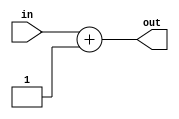
module incrementer(in, out);
	parameter dw = 8;
	
	input [dw-1:0] in;
	output [dw-1:0] out;
	
	assign out = in + 1;
endmodule